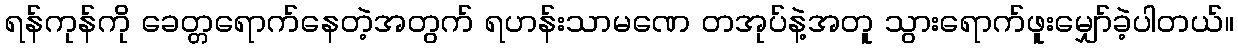
ရန်ကုန်ကို ခေတ္တရောက်နေတဲ့အတွက် ရဟန်းသာမဏေ တအုပ်နဲ့အတူ သွားရောက်ဖူးမျှော်ခဲ့ပါတယ်။